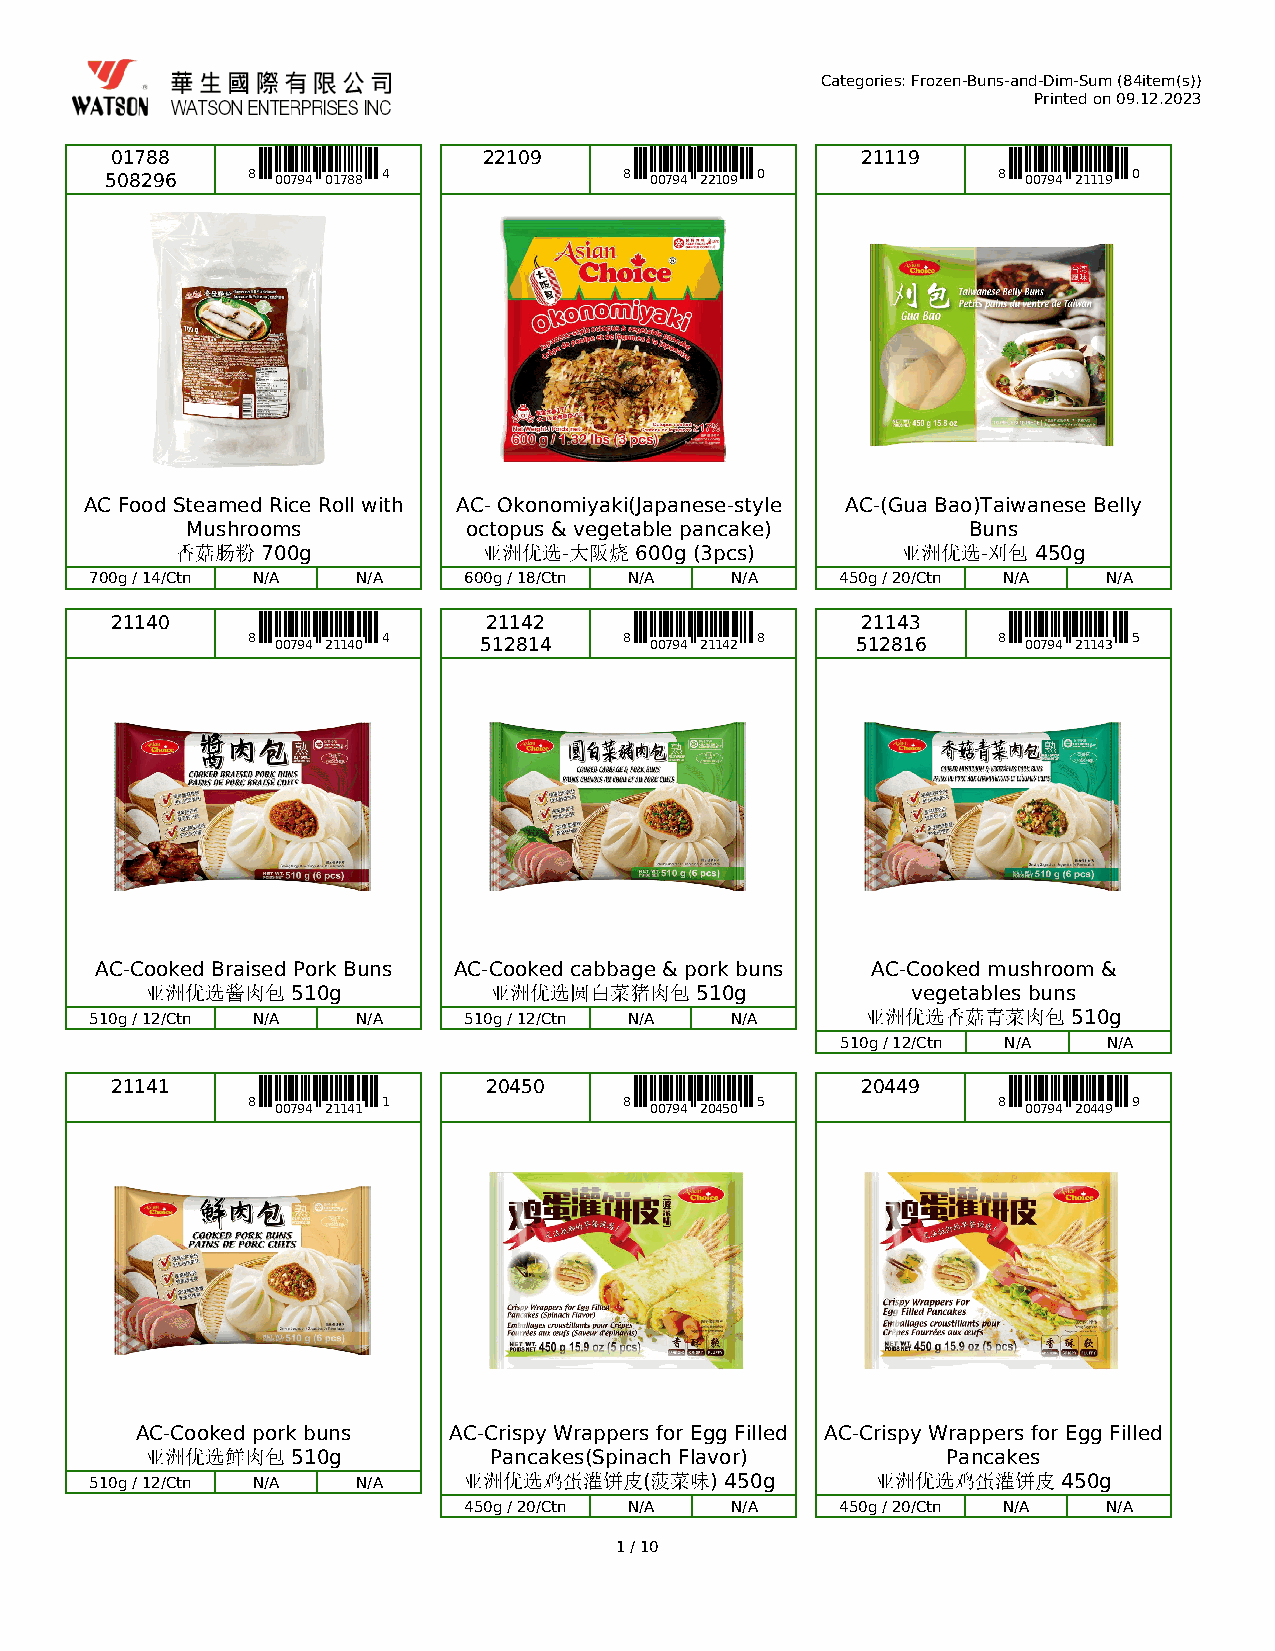
Categories: Frozen-Buns-and-Dim-Sum (84item(s))
 Printed on 09.12.2023
 01788                    22109                    21119
 508296   8 00794 01788 4          8 00794 22109 0          8 00794 21119 0
 AC Food Steamed Rice Roll with AC- Okonomiyaki(Japanese-style AC-(Gua Bao)Taiwanese Belly
 Mushrooms          octopus & vegetable pancake)     Buns
 香菇肠粉 700g           亚洲优选-大阪烧  600g (3pcs)       亚洲优选-刈包  450g
 700g / 14/Ctn N/A N/A    600g / 18/Ctn N/A N/A    450g / 20/Ctn N/A N/A
 21140                    21142                    21143
 8 00794 21140 4 512814   8 00794 21142 8 512816   8 00794 21143 5
 AC-Cooked Braised Pork Buns AC-Cooked cabbage & pork buns AC-Cooked mushroom &
 亚洲优选酱肉包  510g         亚洲优选圆白菜猪肉包    510g          vegetables buns
 510g / 12/Ctn N/A N/A    510g / 12/Ctn N/A N/A     亚洲优选香菇青菜肉包    510g
 510g / 12/Ctn N/A N/A
 21141                    20450                    20449
 8
 00794 21141
 1               8
 00794 20450
 5               8
 00794 20449
 9
 AC-Cooked pork buns  AC-Crispy Wrappers for Egg Filled AC-Crispy Wrappers for Egg Filled
 亚洲优选鲜肉包  510g         Pancakes(Spinach Flavor)       Pancakes
 510g / 12/Ctn N/A N/A    亚洲优选鸡蛋灌饼皮(菠菜味)   450g      亚洲优选鸡蛋灌饼皮   450g
 450g / 20/Ctn N/A N/A    450g / 20/Ctn N/A N/A
 1 / 10